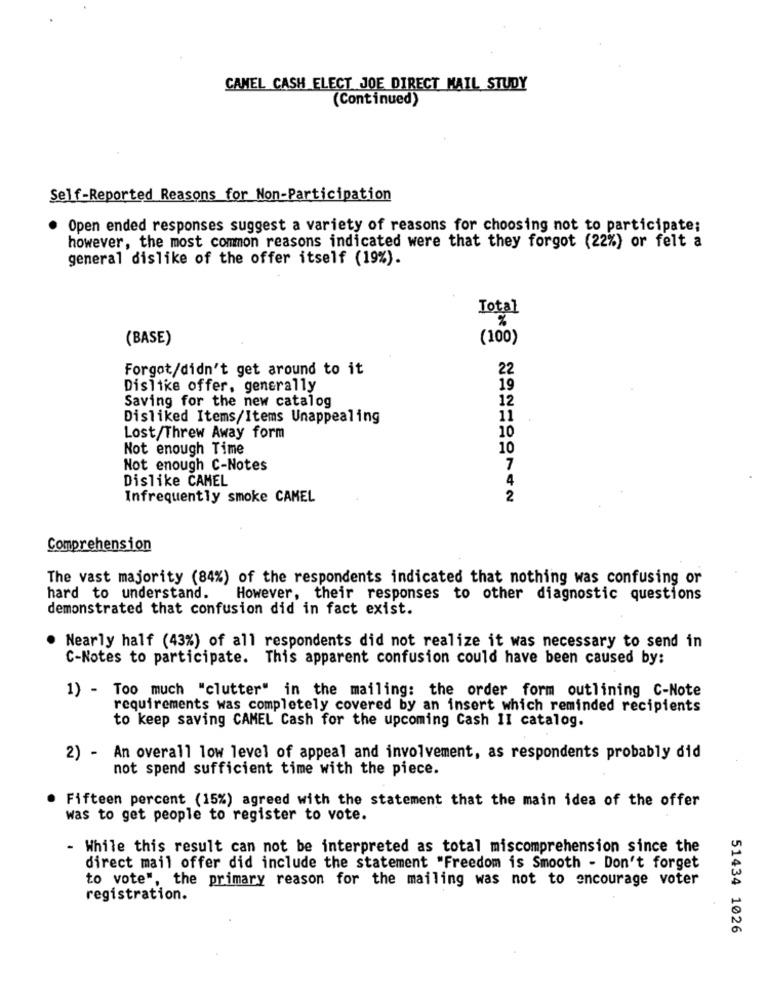
CAMEL CASH ELECT JOE DIRECT MAIL STUDY
(Continued)
Self-Reported Reasons for Non-Participation
Open ended responses suggest a variety of reasons for choosing not to participate;
however, the most common reasons indicated were that they forgot (22%) or felt a
general dislike of the offer itself (19%).
Total
(BASE)
(100)
Forgot/didn't get around to it
22
Dislike offer, generally
19
12
Saving for the new catalog
Disliked Items/Items Unappealing
11
10
Lost/Threw Away form
Not enough Time
10
Not enough C-Notes
7
Dislike CAMEL
4
Infrequently smoke CAMEL
2
Comprehension
The vast majority (84%) of the respondents indicated that nothing was confusing or
hard to understand. However, their responses to other diagnostic questions
demonstrated that confusion did in fact exist.
Nearly half (43%) of all respondents did not realize it was necessary to send in
C-Notes to participate. This apparent confusion could have been caused by:
1) - Too much "clutter" in the mailing: the order form outlining C-Note
requirements was completely covered by an insert which reminded recipients
to keep saving CAMEL Cash for the upcoming Cash II catalog.
2) - An overall low level of appeal and involvement, as respondents probably did
not spend sufficient time with the piece.
Fifteen percent (15%) agreed with the statement that the main idea of the offer
was to get people to register to vote.
- While this result can not be interpreted as total miscomprehension since the
direct mail offer did include the statement "Freedom is Smooth - Don't forget
to vote", the primary reason for the mailing was not to encourage voter
registration.
51434 1026